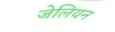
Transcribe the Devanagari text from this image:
जेलियन